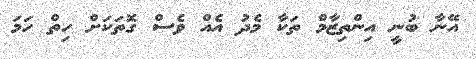
އޭނާ ބުނީ އިންތިޒާމް ތަކާ މެދު އެއް ވެސް ގޮތަކަށް ހިތް ހަމަ